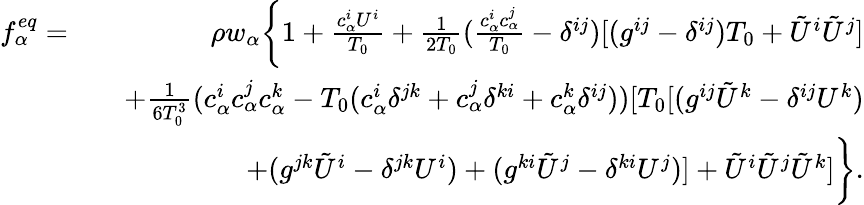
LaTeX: \begin{array}{rlr}{f_{\alpha}^{eq}=}&{}&{\rho w_{\alpha}\bigg\{ 1+\frac{{c}_{\alpha}^{i}{U}^{i}}{T_{0}}+\frac{1}{2T_{0}}(\frac{{c}_{\alpha}^{i}{c}_{\alpha}^{j}}{T_{0}}-\delta^{ij})[(g^{ij}-\delta^{ij})T_{0}+{\tilde{U}}^{i}{\tilde{U}}^{j}]}\\ &{}&{+\frac{1}{6T_{0}^{3}}({c}_{\alpha}^{i}{c}_{\alpha}^{j}{c}_{\alpha}^{k}-T_{0}({c}_{\alpha}^{i}\delta^{jk}+{c}_{\alpha}^{j}\delta^{ki}+{c}_{\alpha}^{k}\delta^{ij}))[T_{0}[(g^{ij}{\tilde{U}}^{k}-\delta^{ij}U^{k})}\\ &{}&{+(g^{jk}{\tilde{U}}^{i}-\delta^{jk}U^{i})+(g^{ki}{\tilde{U}}^{j}-\delta^{ki}U^{j})]+{\tilde{U}}^{i}{\tilde{U}}^{j}{\tilde{U}}^{k}]\bigg\} .}\end{array}